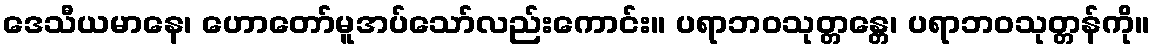
ဒေသီယမာနေ၊ ဟောတော်မူအပ်သော်လည်းကောင်း။ ပရာဘဝသုတ္တန္တေ၊ ပရာဘဝသုတ္တန်ကို။